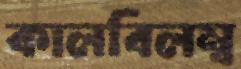
কালবিলম্ব